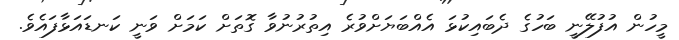
މީހުން އުފުލޭނީ ބަހުގެ ދެބައިކުޅަ އެއްބަޔަށްވުރެ އިތުރުނުވާ ގޮތަށް ކަމަށް ވަނީ ކަނޑައަޅާފައެވެ.